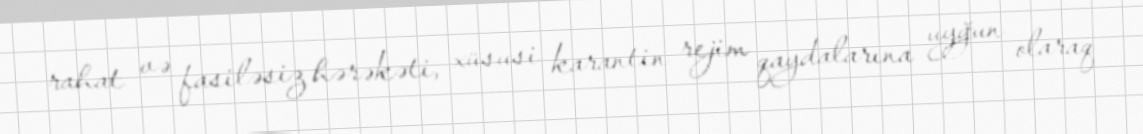
rahat və fasiləsiz hərəkəti, xüsusi karantin rejim qaydalarına uyğun olaraq